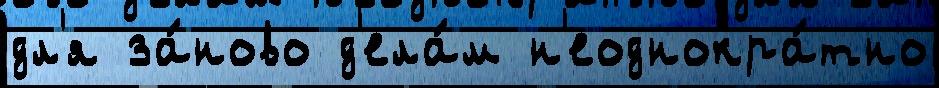
дл'я за́ново д'ела́м н'еоднокра́тно